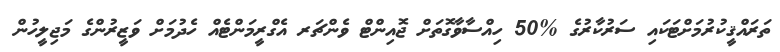
ތަރައްޤީކުރުމަށްޓަކައި ސަރުކާރުގެ %50 ހިއްސާވާގޮތަށް ޖޮއިންޓް ވެންޗަރ އެގްރީމަންޓެއް ހެދުމަށް ވަޒީރުންގެ މަޖިލީހުން